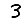
Digit: 3